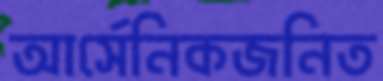
আর্সেনিকজনিত